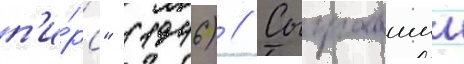
п'и́рс" (1946) // Сыгравшии